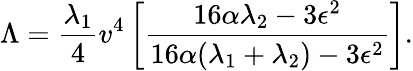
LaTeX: \Lambda={\frac{\lambda_{1}}{4}}v^{4}\left[{\frac{16\alpha\lambda_{2}-3\epsilon^{2}}{16\alpha(\lambda_{1}+\lambda_{2})-3\epsilon^{2}}}\right].